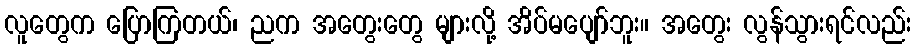
လူတွေက ပြောကြတယ်၊ ညက အတွေးတွေ များလို့ အိပ်မပျော်ဘူး။ အတွေး လွန်သွားရင်လည်း